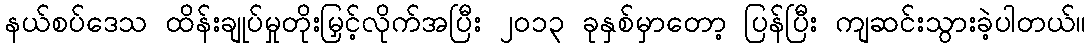
နယ်စပ်ဒေသ ထိန်းချုပ်မှုတိုးမြှင့်လိုက်အပြီး ၂၀၁၃ ခုနှစ်မှာတော့ ပြန်ပြီး ကျဆင်းသွားခဲ့ပါတယ်။